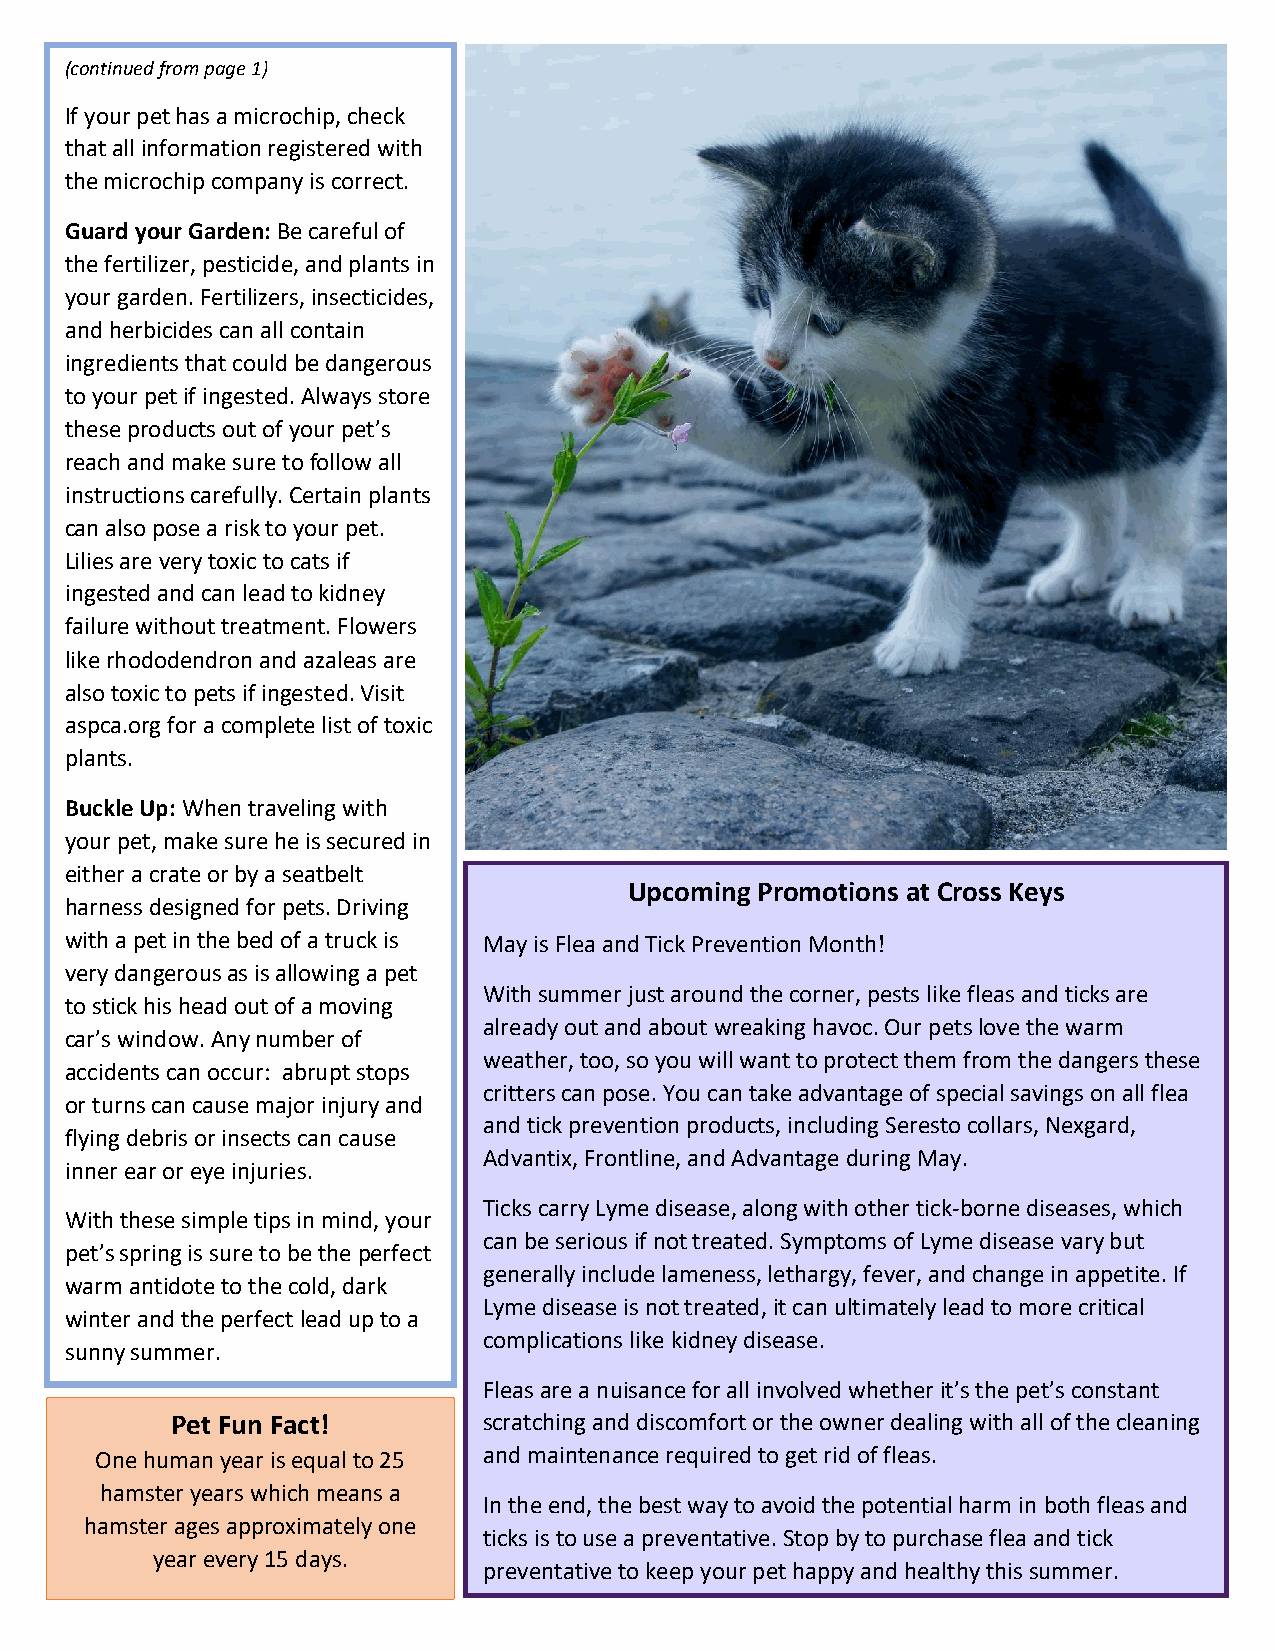
(continued from page 1)
 If your pet has a microchip, check
 that all information registered with
 the microchip company is correct.
 Guard your Garden: Be careful of
 the fertilizer, pesticide, and plants in
 your garden. Fertilizers, insecticides,
 and herbicides can all contain
 ingredients that could be dangerous
 to your pet if ingested. Always store
 these products out of your pet’s
 reach and make sure to follow all
 instructions carefully. Certain plants
 can also pose a risk to your pet.
 Lilies are very toxic to cats if
 ingested and can lead to kidney
 failure without treatment. Flowers
 like rhododendron and azaleas are
 also toxic to pets if ingested. Visit
 aspca.org for a complete list of toxic
 plants.
 Buckle Up: When traveling with
 your pet, make sure he is secured in
 either a crate or by a seatbelt
 Upcoming Promotions at Cross Keys
 harness designed for pets. Driving
 with a pet in the bed of a truck is May is Flea and Tick Prevention Month!
 very dangerous as is allowing a pet
 With summer just around the corner, pests like fleas and ticks are
 to stick his head out of a moving
 already out and about wreaking havoc. Our pets love the warm
 car’s window. Any number of
 weather, too, so you will want to protect them from the dangers these
 accidents can occur: abrupt stops
 critters can pose. You can take advantage of special savings on all flea
 or turns can cause major injury and
 and tick prevention products, including Seresto collars, Nexgard,
 flying debris or insects can cause
 Advantix, Frontline, and Advantage during May.
 inner ear or eye injuries.
 Ticks carry Lyme disease, along with other tick-borne diseases, which
 With these simple tips in mind, your
 can be serious if not treated. Symptoms of Lyme disease vary but
 pet’s spring is sure to be the perfect
 generally include lameness, lethargy, fever, and change in appetite. If
 warm antidote to the cold, dark
 Lyme disease is not treated, it can ultimately lead to more critical
 winter and the perfect lead up to a
 complications like kidney disease.
 sunny summer.
 Fleas are a nuisance for all involved whether it’s the pet’s constant
 Pet Fun Fact!        s c ratching and discomfort or the owner dealing with all of the cleaning
 One human year is equal to 25 and maintenance required to get rid of fleas.
 hamster years which means a
 In the end, the best way to avoid the potential harm in both fleas and
 hamster ages approximately one
 ticks is to use a preventative. Stop by to purchase flea and tick
 year every 15 days.
 preventative to keep your pet happy and healthy this summer.